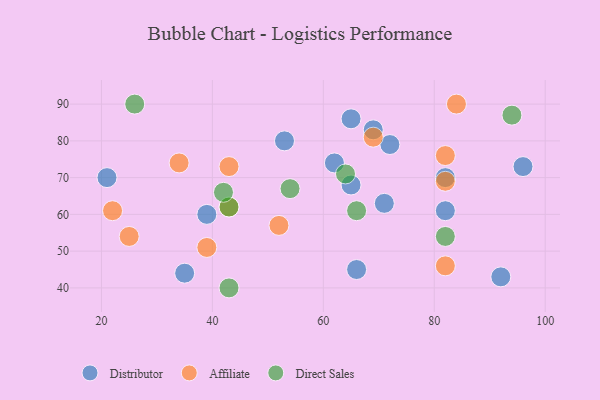
{"axis": {"x": "GDP", "y": "Life Expectancy"}, "legend": ["Affiliate", "Direct Sales", "Distributor"], "data": [{"x": "53", "y": 80, "type": "Distributor"}, {"x": "69", "y": 83, "type": "Distributor"}, {"x": "39", "y": 60, "type": "Distributor"}, {"x": "96", "y": 73, "type": "Distributor"}, {"x": "65", "y": 68, "type": "Distributor"}, {"x": "82", "y": 61, "type": "Distributor"}, {"x": "21", "y": 70, "type": "Distributor"}, {"x": "92", "y": 43, "type": "Distributor"}, {"x": "65", "y": 86, "type": "Distributor"}, {"x": "71", "y": 63, "type": "Distributor"}, {"x": "82", "y": 70, "type": "Distributor"}, {"x": "62", "y": 74, "type": "Distributor"}, {"x": "35", "y": 44, "type": "Distributor"}, {"x": "72", "y": 79, "type": "Distributor"}, {"x": "66", "y": 45, "type": "Distributor"}, {"x": "39", "y": 51, "type": "Affiliate"}, {"x": "34", "y": 74, "type": "Affiliate"}, {"x": "84", "y": 90, "type": "Affiliate"}, {"x": "82", "y": 46, "type": "Affiliate"}, {"x": "43", "y": 73, "type": "Affiliate"}, {"x": "25", "y": 54, "type": "Affiliate"}, {"x": "22", "y": 61, "type": "Affiliate"}, {"x": "82", "y": 69, "type": "Affiliate"}, {"x": "82", "y": 76, "type": "Affiliate"}, {"x": "52", "y": 57, "type": "Affiliate"}, {"x": "69", "y": 81, "type": "Affiliate"}, {"x": "43", "y": 62, "type": "Affiliate"}, {"x": "66", "y": 61, "type": "Direct Sales"}, {"x": "64", "y": 71, "type": "Direct Sales"}, {"x": "94", "y": 87, "type": "Direct Sales"}, {"x": "82", "y": 54, "type": "Direct Sales"}, {"x": "26", "y": 90, "type": "Direct Sales"}, {"x": "54", "y": 67, "type": "Direct Sales"}, {"x": "43", "y": 62, "type": "Direct Sales"}, {"x": "42", "y": 66, "type": "Direct Sales"}, {"x": "43", "y": 40, "type": "Direct Sales"}]}